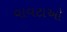
વાવટાઓ